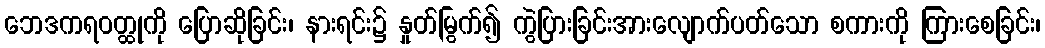
ဘေဒကရဝတ္ထုကို ပြောဆိုခြင်း၊ နားရင်း၌ နှုတ်မြွက်၍ ကွဲပြားခြင်းအားလျောက်ပတ်သော စကားကို ကြားစေခြင်း၊